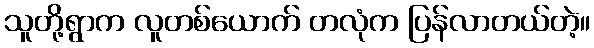
သူတို့ရွာက လူတစ်ယောက် တလုံက ပြန်လာတယ်တဲ့။